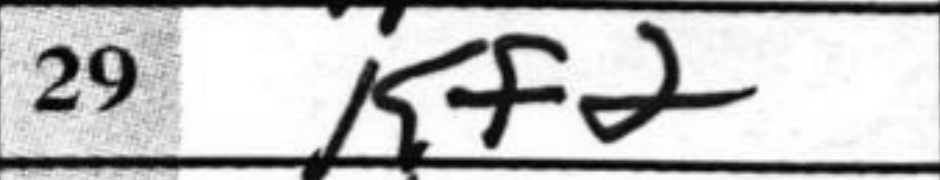
Transcription: Kf2